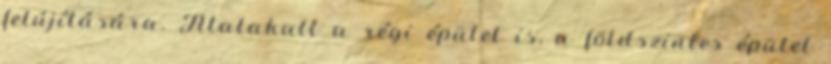
felújítására. Átalakult a régi épület is, a földszintes épület